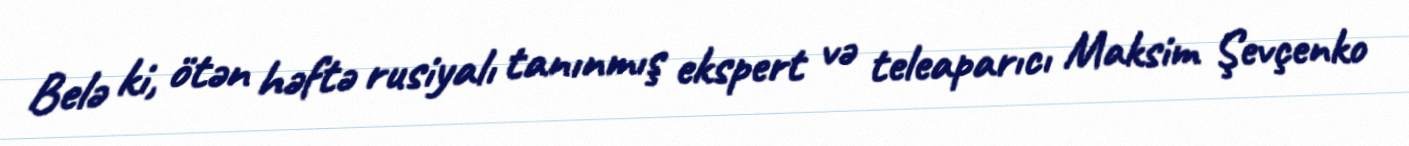
Belə ki, ötən həftə rusiyalı tanınmış ekspert və teleaparıcı Maksim Şevçenko